Report on lock hospitals in British Burma
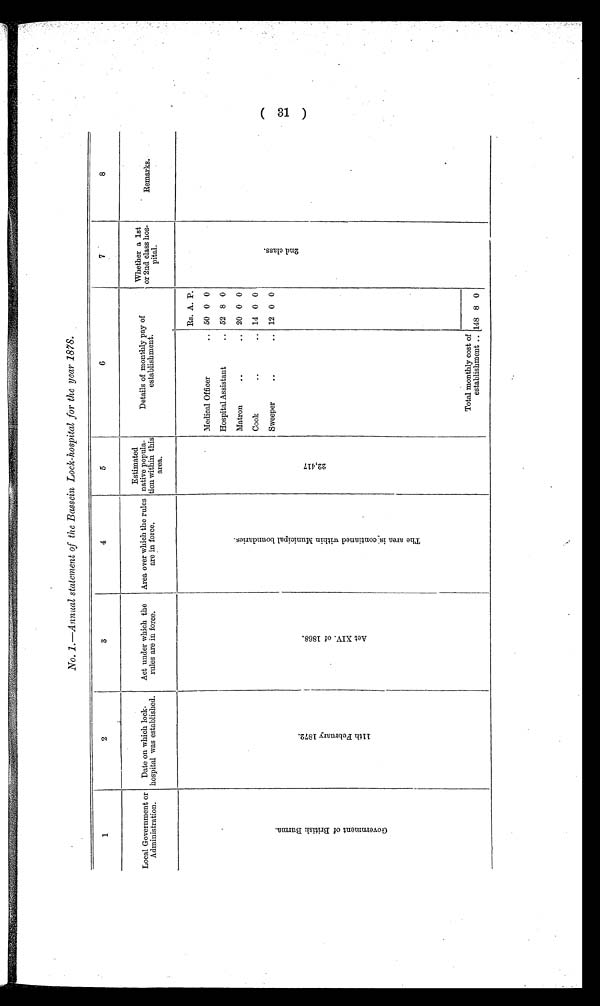
No. 1.—Annual statement of the Bassein Lock-hospital for the year 1878.
1
2
3
4
5
6
7
8
Local Government or
Administration.
Date on which lock-
hospital was established.
Act under which the
rules are in force.
Area over which the rules
are in force.
Estimated
native popula-
tion within this
area.
Details of monthly pay of
establishment.
Whether a 1st
or 2nd class hos-
pital.
Remarks.
G o v e r n m e n t o f B r i t i s h B u r m a .
1 1 t h F e b r u a r y 1 8 7 2
.
A c t X I V . o f 1 8 6 8 .
T h e a r e a i s c o n t i a n e d w i t h i n M u n i c i p a l b o u n d a r i e s .
2 2 , 4 1 7 .
Rs. A. P.
2 n d c l a s s .
Medical Officer
.. 50 0 0
Hospital Assistant
.. 52 8 0
Matron
..
..
20 0 0
Cook.
.. 14 0 0
Sweeper
..
.. 12 0 0
Total monthly cost of
establishment ..
1 4 8 8 0
(31)